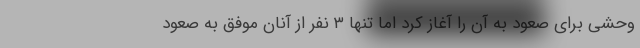
وحشی برای صعود به آن را آغاز کرد اما تنها ۳ نفر از آنان موفق به صعود